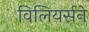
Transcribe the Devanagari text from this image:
विलियर्सने